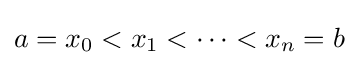
a=x_{0}<x_{1}<\cdots <x_{n}=b